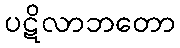
ပဋိလာဘတော